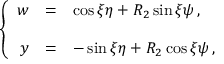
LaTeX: \left\{ \begin{array} { r c l } { { w } } & { { = } } & { { \cos { \xi } \eta + R _ { 2 } \sin { \xi } \psi \, , } } \\ { { } } & { { } } & { { } } \\ { { y } } & { { = } } & { { - \sin { \xi } \eta + R _ { 2 } \cos { \xi } \psi \, , } } \end{array} \right.